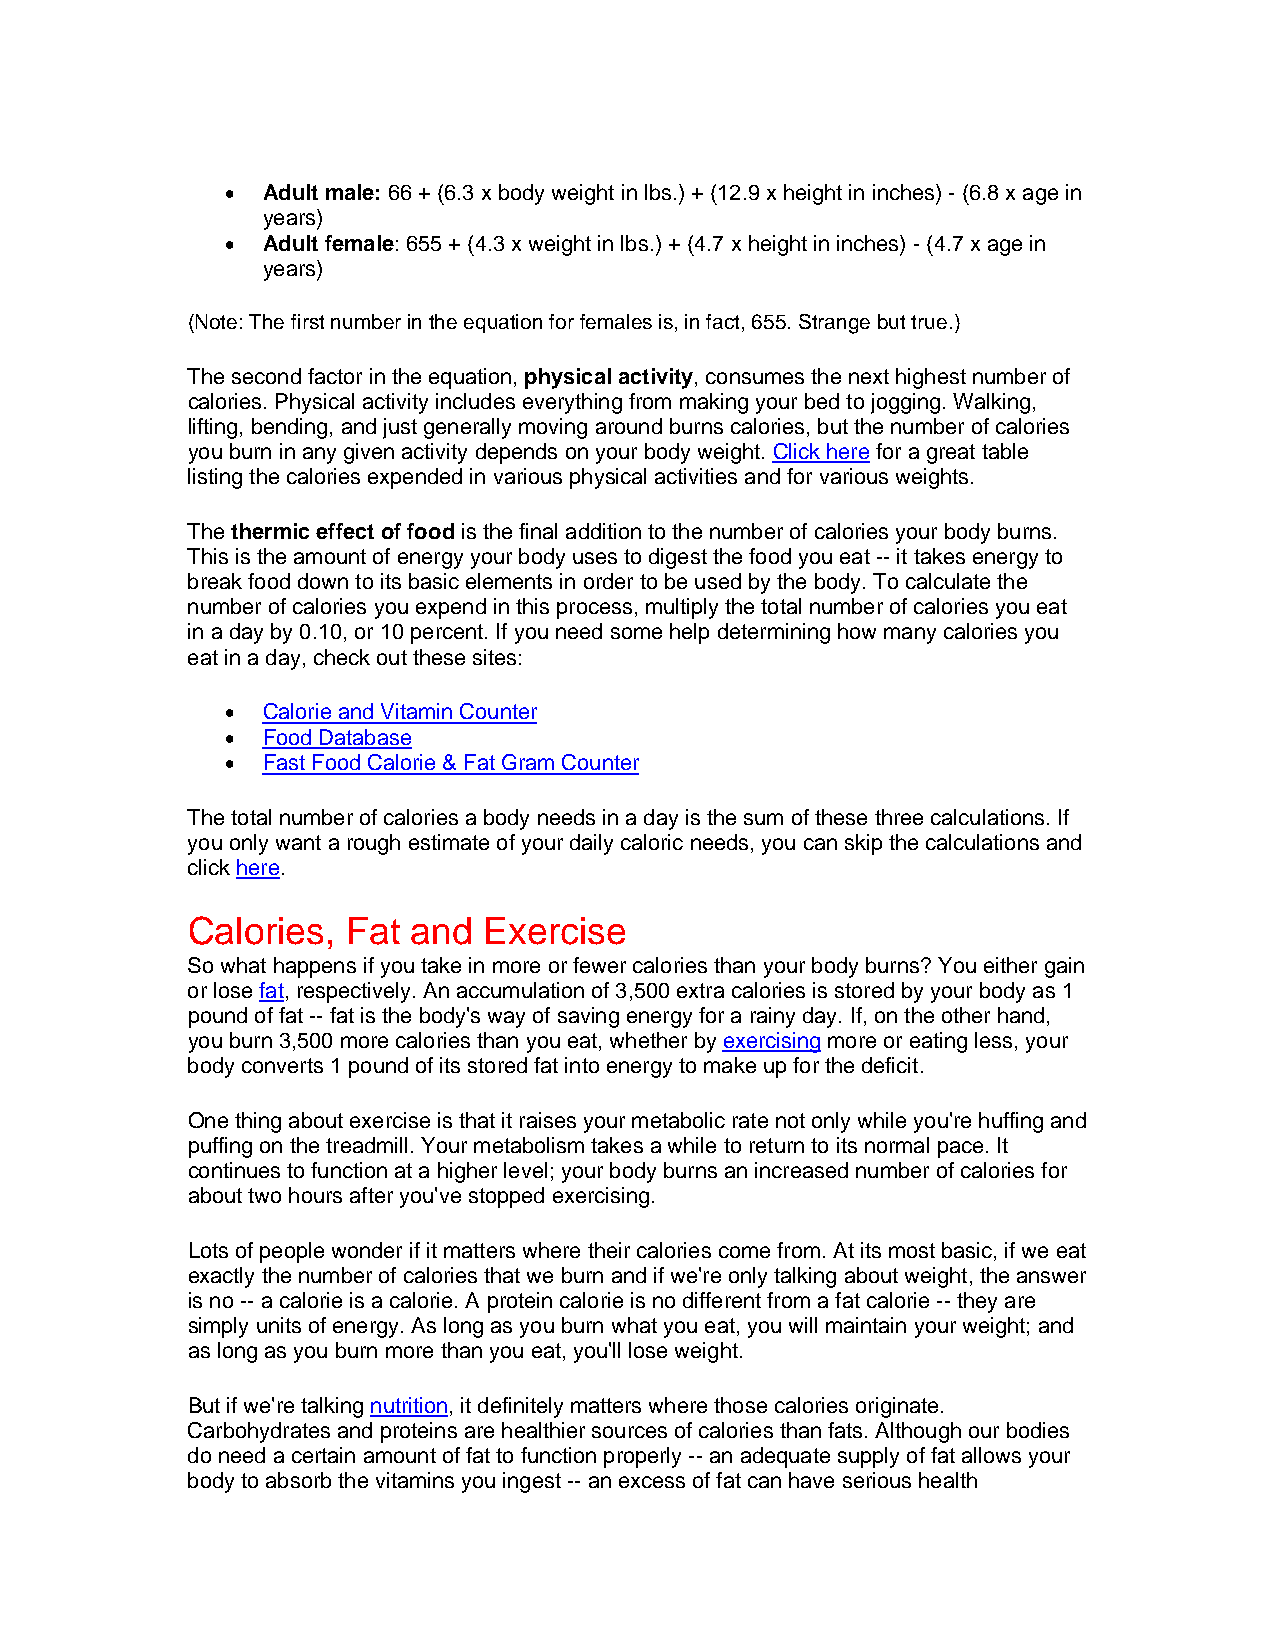
• Adult male: 66 + (6.3 x body weight in lbs.) + (12.9 x height in inches) - (6.8 x age in
 years)
 • Adult female: 655 + (4.3 x weight in lbs.) + (4.7 x height in inches) - (4.7 x age in
 years)
 (Note: The first number in the equation for females is, in fact, 655. Strange but true.)
 The second factor in the equation, physical activity, consumes the next highest number of
 calories. Physical activity includes everything from making your bed to jogging. Walking,
 lifting, bending, and just generally moving around burns calories, but the number of calories
 you burn in any given activity depends on your body weight. Click here for a great table
 listing the calories expended in various physical activities and for various weights.
 The thermic effect of food is the final addition to the number of calories your body burns.
 This is the amount of energy your body uses to digest the food you eat -- it takes energy to
 break food down to its basic elements in order to be used by the body. To calculate the
 number of calories you expend in this process, multiply the total number of calories you eat
 in a day by 0.10, or 10 percent. If you need some help determining how many calories you
 eat in a day, check out these sites:
 • Calorie and Vitamin Counter
 • Food Database
 • Fast Food Calorie & Fat Gram Counter
 The total number of calories a body needs in a day is the sum of these three calculations. If
 you only want a rough estimate of your daily caloric needs, you can skip the calculations and
 click here.
 Calories,  Fat and  Exercise
 So what happens if you take in more or fewer calories than your body burns? You either gain
 or lose fat, respectively. An accumulation of 3,500 extra calories is stored by your body as 1
 pound of fat -- fat is the body's way of saving energy for a rainy day. If, on the other hand,
 you burn 3,500 more calories than you eat, whether by exercising more or eating less, your
 body converts 1 pound of its stored fat into energy to make up for the deficit.
 One thing about exercise is that it raises your metabolic rate not only while you're huffing and
 puffing on the treadmill. Your metabolism takes a while to return to its normal pace. It
 continues to function at a higher level; your body burns an increased number of calories for
 about two hours after you've stopped exercising.
 Lots of people wonder if it matters where their calories come from. At its most basic, if we eat
 exactly the number of calories that we burn and if we're only talking about weight, the answer
 is no -- a calorie is a calorie. A protein calorie is no different from a fat calorie -- they are
 simply units of energy. As long as you burn what you eat, you will maintain your weight; and
 as long as you burn more than you eat, you'll lose weight.
 But if we're talking nutrition, it definitely matters where those calories originate.
 Carbohydrates and proteins are healthier sources of calories than fats. Although our bodies
 do need a certain amount of fat to function properly -- an adequate supply of fat allows your
 body to absorb the vitamins you ingest -- an excess of fat can have serious health